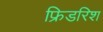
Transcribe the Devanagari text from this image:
फ्रिडरिश